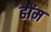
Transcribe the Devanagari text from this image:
होंम